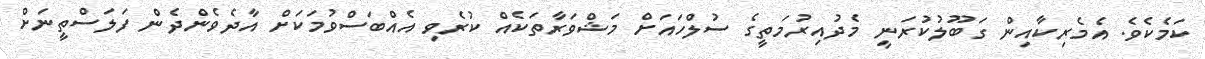
ކަމެކެވެ. އެމެރިކާއިން ގަބޫލުކުރަނީ މެދުއިރުމަތީގެ ސުލްހައަށް މަޝްވަރާތަކެއް ކުރެވި އެއްބަސްވުމަކަށް އާދެވެންދެން ފަލަސްތީނަށް